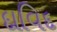
દાવિદ